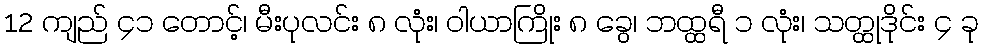
12 ကျည် ၄၁ တောင့်၊ မီးပုလင်း ၈ လုံး၊ ဝါယာကြိုး ၈ ခွေ၊ ဘထ္ထရီ ၁ လုံး၊ သတ္ထုဒိုင်း ၄ ခု